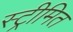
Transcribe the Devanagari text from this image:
स्ट्रीमित